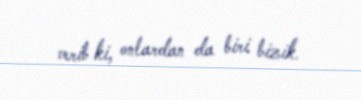
verib ki, onlardan da biri bizik.